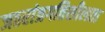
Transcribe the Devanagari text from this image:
जठरांत्रगतिशीलता